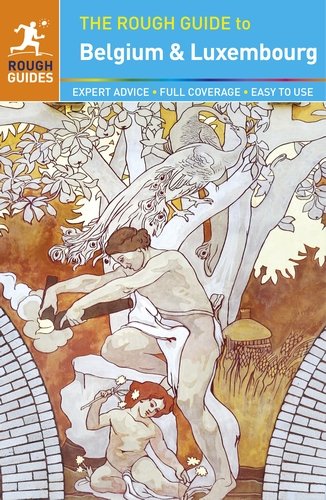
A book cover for The Rough Guide to Belgium and Luxembourg; Rough Guides; Travel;